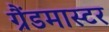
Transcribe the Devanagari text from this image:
ग्रैंडमास्‍टर